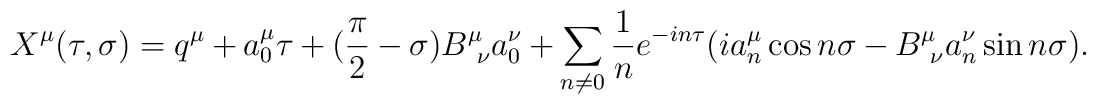
X^\mu (\tau ,\sigma ) = q^\mu + a_0^\mu \tau  + (\frac{\pi }{2}-\sigma )B^\mu _{\ \nu }a_0^\nu  + \sum _{n\neq 0}\frac{1}{n}e^{-in\tau }(ia_n^\mu \cos n\sigma - B^\mu _{\ \nu }a_n^\nu \sin n\sigma ).